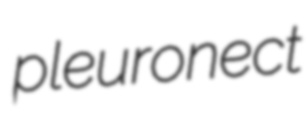
pleuronect